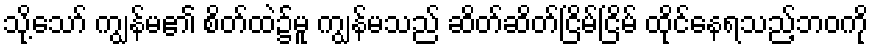
သို့သော် ကျွန်မ၏ စိတ်ထဲ၌မူ ကျွန်မသည် ဆိတ်ဆိတ်ငြိမ်ငြိမ် ထိုင်နေရသည့်ဘဝကို